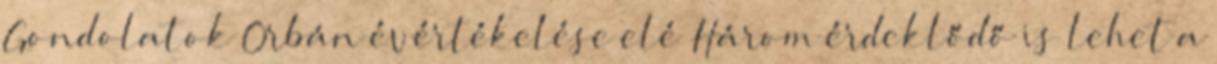
Gondolatok Orbán évértékelése elé Három érdeklődő is lehet a